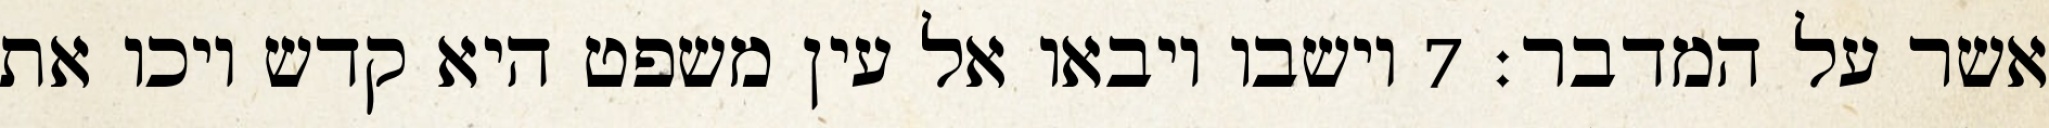
אשר על המדבר׃ ‎7‏ וישבו ויבאו אל עין משפט היא קדש ויכו את